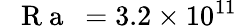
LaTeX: \mathrm{~\textit~{~R~a~}~}=3.2\times 10^{11}